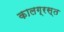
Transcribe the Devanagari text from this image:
कालग्रस्त